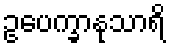
ဥပေက္ခာနုသာရိ